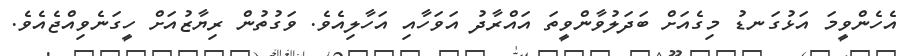
އެހެންވީމަ އަޅުގަނޑު މިގެއަށް ބަދަލުވާންވީތަ އައްރާދު އަވަހާއި އަހާލިއެވެ. ވަގުތުން ރިޔާޒުއަށް ހީގަނެވިއްޖެއެވެ.